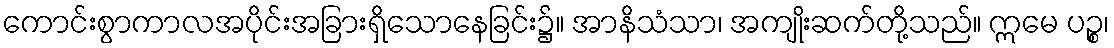
ကောင်းစွာကာလအပိုင်းအခြားရှိသောနေခြင်း၌။ အာနိသံသာ၊ အကျိုးဆက်တို့သည်။ ဣမေ ပဉ္စ၊